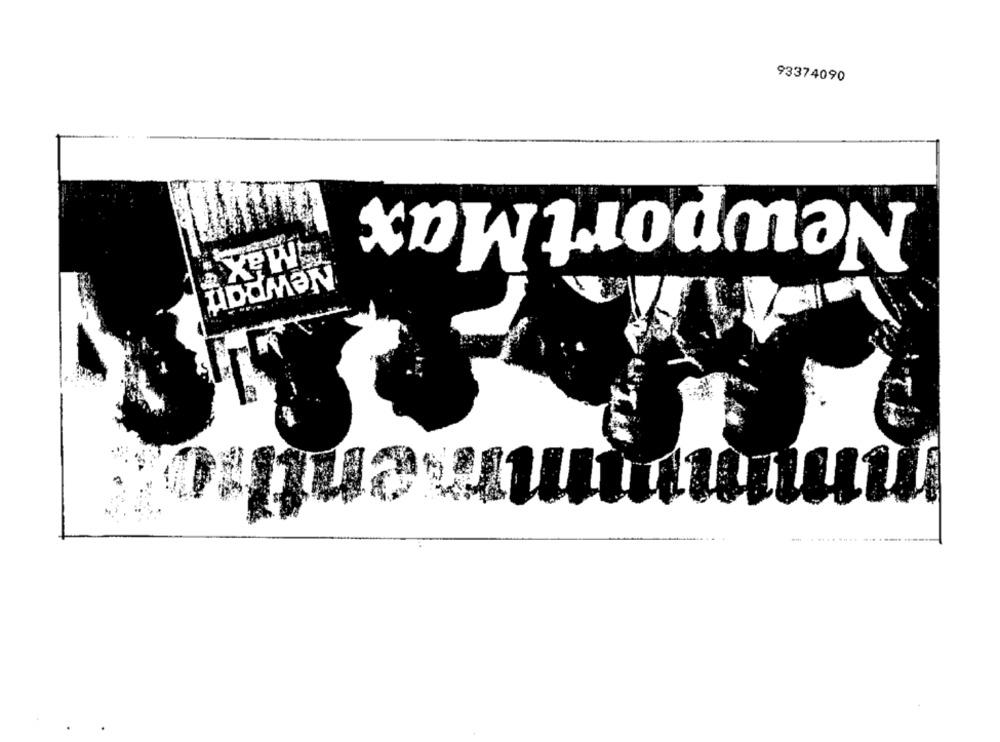
93374090
NewportMax
Max
Newpant